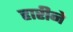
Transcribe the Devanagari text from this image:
हारीने